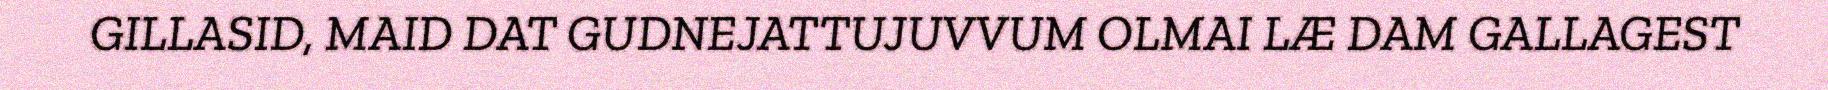
GILLASID, MAID DAT GUDNEJATTUJUVVUM OLMAI LÆ DAM GALLAGEST